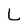
Character: L